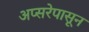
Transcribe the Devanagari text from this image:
अप्सरेपासून